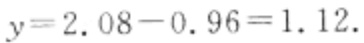
$y = 2.08 - 0.96 = 1.12.$